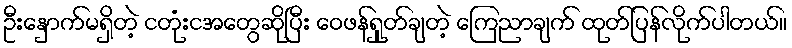
ဦးနှောက်မရှိတဲ့ ငတုံးငအတွေဆိုပြီး ဝေဖန်ရှုတ်ချတဲ့ ကြေညာချက် ထုတ်ပြန်လိုက်ပါတယ်။